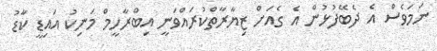
ނަމަވެސް އެ ދެބޭފުޅުން އެ ގެއަށް ޒިޔާރާތްކުރައްވަނީ އިބްރާހީމް މަނިކު އައިޑީ ކާޑު